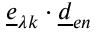
\underline { { e } } _ { \lambda k } \cdot \underline { { d } } _ { e n }